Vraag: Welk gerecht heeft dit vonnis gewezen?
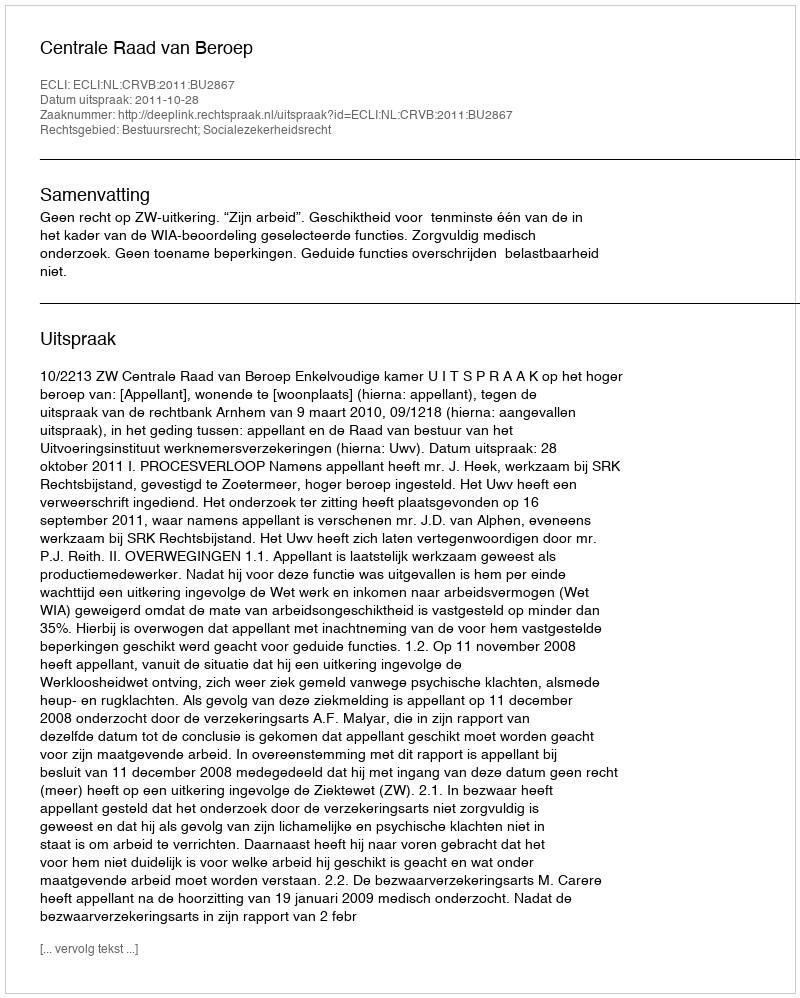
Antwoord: Centrale Raad van Beroep